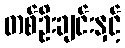
တစ်ဦးချင်းနှင့်